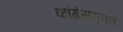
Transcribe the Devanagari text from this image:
कांग्रेसमुक्त